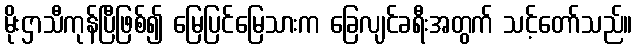
မိုးဌာသီကုန်ပြီဖြစ်၍ မြေပြင်မြေသားက ခြေလျင်ခရီးအတွက် သင့်တော်သည်။